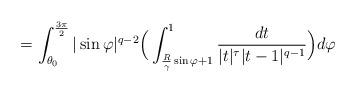
LaTeX: \begin{align*}=\int_{\theta_{0}}^{\frac{3\pi}{2}} |\sin\varphi|^{q-2}\Big(\int_{\frac{R}{\gamma} \sin\varphi+1}^{1}\frac{dt}{|t|^{\tau}|t-1|^{q-1}}\Big)d\varphi\quad\quad\quad\quad\quad\quad\quad\quad\quad\,\end{align*}